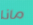
ماذا